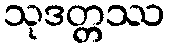
သုဒတ္တဿ